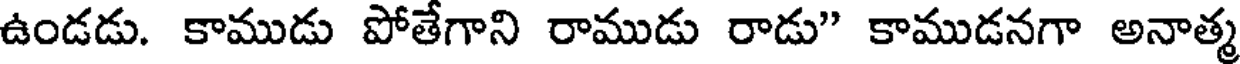
ఉండడు. కాముడు పోతేగాని రాముడు రాడు" కాముడనగా అనాత్మ